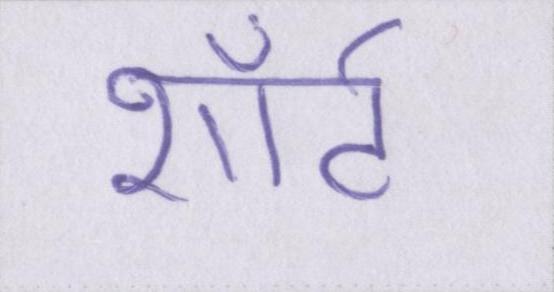
शॉर्ट